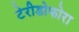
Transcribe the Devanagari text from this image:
टेरीडोफोरा